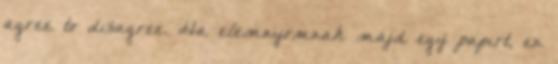
agree to disagree. Ha elemnyomnak majd egy papirt, en